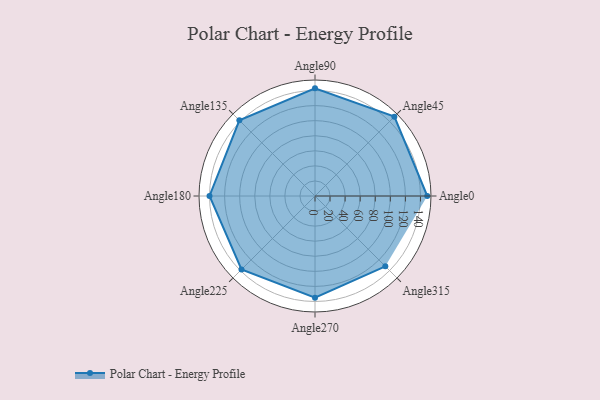
{"axis": {"x": "Angle", "y": "Radius"}, "legend": [""], "data": [{"x": "Angle0", "y": 149.0, "type": ""}, {"x": "Angle45", "y": 149.0, "type": ""}, {"x": "Angle90", "y": 143.0, "type": ""}, {"x": "Angle135", "y": 142.0, "type": ""}, {"x": "Angle180", "y": 140.0, "type": ""}, {"x": "Angle225", "y": 138.0, "type": ""}, {"x": "Angle270", "y": 135.0, "type": ""}, {"x": "Angle315", "y": 132.0, "type": ""}]}